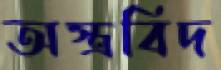
অস্ত্রবিদ